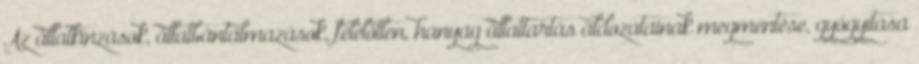
Az állatkínzások, állatbántalmazások, felelőtlen, hanyag állattartás áldozatainak megmentése, gyógyítása